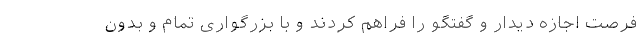
فرصت اجازه دیدار و گفتگو را فراهم کردند و با بزرگواری تمام و بدون